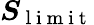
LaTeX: \boldsymbol{S}_{\mathrm{~l~i~m~i~t~}}